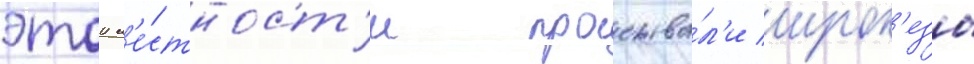
этои м'е́стност'и прожива́л'и ирок'езы